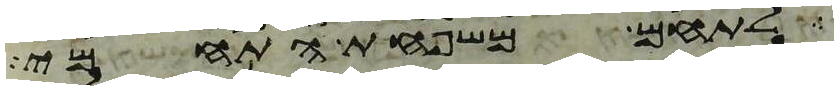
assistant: לתחם משפחת התחמי